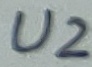
Text: U2